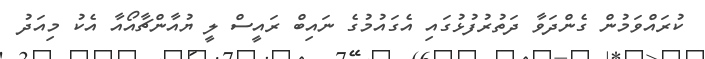
ކުރައްވަމުން ގެންދަވާ ދަތުރުފުޅުގައި އެގައުމުގެ ނައިބް ރައީސް ލީ ޔުއާންޗާއޯއާ އެކު މިއަދު